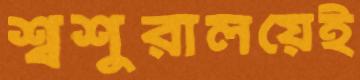
শ্বশুরালয়েই